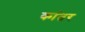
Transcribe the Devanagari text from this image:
कांतर